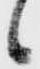
候